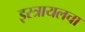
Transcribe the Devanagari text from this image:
इस्त्रायलचा